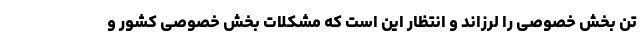
تن بخش خصوصی را لرزاند و انتظار این است که مشکلات بخش خصوصی کشور و